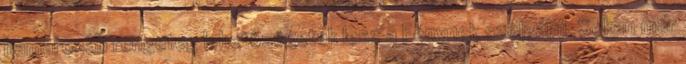
hamarosan rengeteg lehetőségetek lesz a Fénynek szolgálni. Sokan már